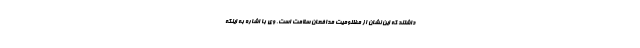
داشتند که این نشان از مظلومیت مدافعان سلامت است. وی با اشاره به اینکه